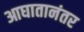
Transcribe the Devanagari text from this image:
आघातानंतर